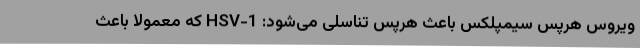
ویروس هرپس سیمپلکس باعث هرپس تناسلی می‌شود: HSV-1 که معمولاً باعث